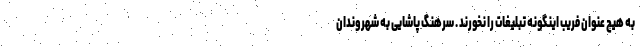
به هیچ عنوان فریب اینگونه تبلیغات را نخورند . سرهنگ پاشایی به شهروندان